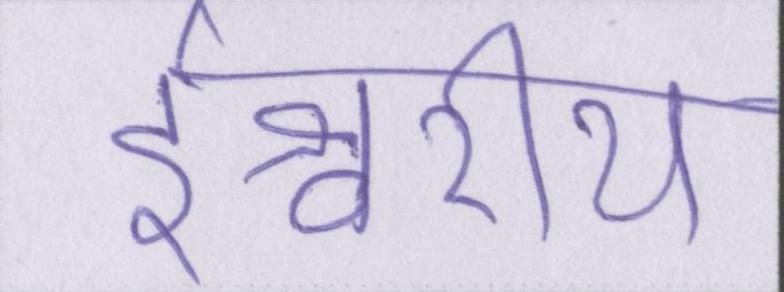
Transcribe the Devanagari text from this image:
ईश्वरीय